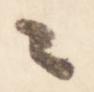
々